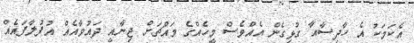
އެކަމަކު އެ ހާދިސާއާ ގުޅިގެން އެއްވެސް މީހެއްގެ މައްޗަށް ޖިނާއީ ދައުވާއެއް އުފުލާފައެއް